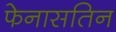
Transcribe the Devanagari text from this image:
फेनासतिन